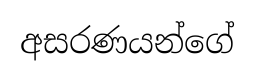
අසරණයන්ගේ